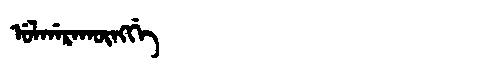
Manchu: ᡠᠯᡤᠠᡵᠠᡴᡡᠩᡤᡝ
Romanization: ULGARAKŪNGGE